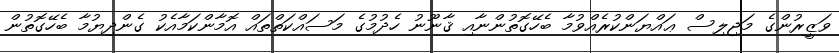
ވަޒީރުންގެ މަޖިލިސް ޢައްޔަންކުރެއްވުމާ ބެހޭގޮތުންނާއި ޤާނޫނު ހެދުމުގެ މަސައްކަތްތައް އޮމާންކަމާއެކު ގެންދިޔުމާ ބެހޭގޮތުން